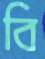
বি